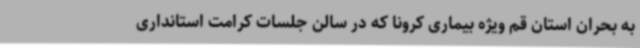
به بحران استان قم ویژه بیماری کرونا که در سالن جلسات کرامت استانداری